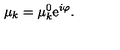
\mu _ { k } = \mu _ { k } ^ { 0 } \mathrm { e } ^ { i \varphi } .